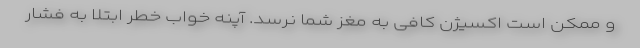
و ممکن است اکسیژن کافی به مغز شما نرسد. آپنه خواب خطر ابتلا به فشار